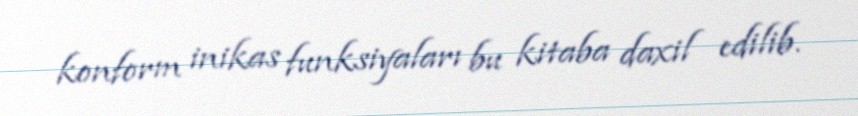
konform inikas funksiyaları bu kitaba daxil edilib.